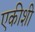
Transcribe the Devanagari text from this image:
एकीशी